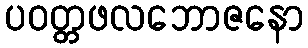
ပဝတ္တဖလဘောဇနော